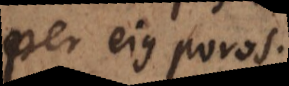
per ejus poros.